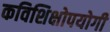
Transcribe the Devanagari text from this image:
कविशिक्षोपयोगी